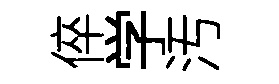
倅学汚